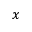
x